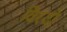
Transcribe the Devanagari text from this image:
विरदो